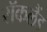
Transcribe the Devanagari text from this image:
रॉकलैंड